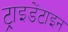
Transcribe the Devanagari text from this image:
ट्राइडेंटाइन